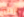
بارنيز